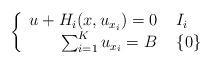
LaTeX: \begin{align*} \left\{\begin{array}{r l}u + H_{i}(x,u_{x_{i}}) =0 & \, \, I_{i} \\\sum_{i = 1}^{K} u_{x_{i}} = B & \, \, \{0\}\end{array}\right.\end{align*}